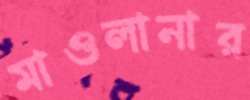
মাওলানার